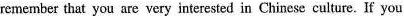
remember that you are very interested in Chinese culture. If you